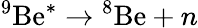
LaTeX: {^{9}\mathrm{{Be}^{*}}}\to{^{8}\mathrm{{Be}}}+n